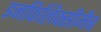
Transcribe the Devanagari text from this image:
इनफिलिक्सीमैब